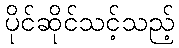
ပိုင်ဆိုင်သင့်သည့်